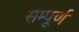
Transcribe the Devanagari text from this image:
सम्पूूूर्ण